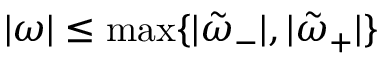
| \omega | \leq \operatorname* { m a x } \lbrace | \tilde { \omega } _ { - } | , | \tilde { \omega } _ { + } | \rbrace